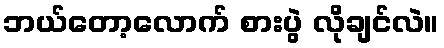
ဘယ်တော့လောက် စားပွဲ လိုချင်လဲ။